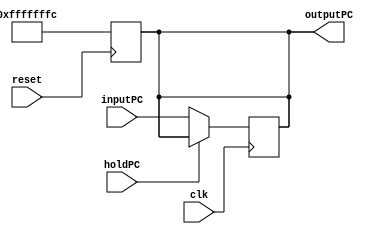
module Programcounter (outputPC,inputPC,reset,clk,holdPC);

//This module is used for updating the value to the program counter 

input [31:0] inputPC;
input reset , clk, holdPC;
output reg [31:0] outputPC;

always @(posedge reset) outputPC <= -4;
  

always @(posedge clk)
  begin
	  if (holdPC==0) //to support stalls from hazard detection unit
		  begin
                   outputPC <= inputPC;
		  end
  end

endmodule